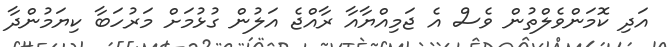
އަދި ކޮމަންވެލްތުން ވެސް އެ ޖަމިއްޔާއާ ރާއްޖެ އަލުން ގުޅުމަށް މަރުހަބާ ކިޔަމުންދާ